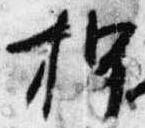
押